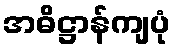
အဓိဋ္ဌာန်ကျပုံ